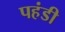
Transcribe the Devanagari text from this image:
पहंडी